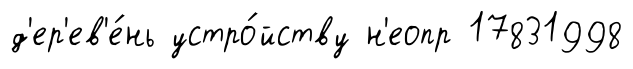
д'ер'ев'е́нь устро́йству н'еопр 17831998